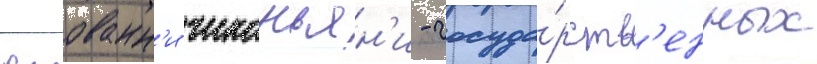
джованн'и чиконьян'и - госуда́рств'енных